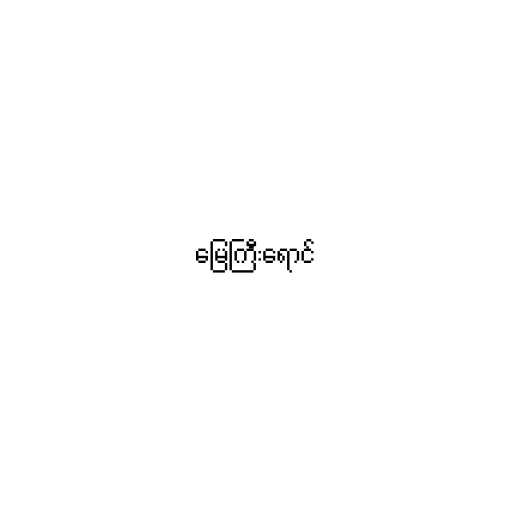
မြေကြီးရောင်